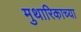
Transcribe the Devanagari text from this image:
मुथारिकाच्या